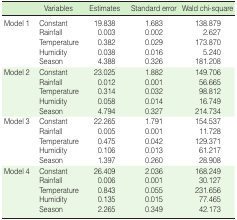
<table><thead><tr><td></td><td><b>Variables</b></td><td><b>Estimates</b></td><td><b>Standard error</b></td><td><b>Wald chi-square</b></td></tr></thead><tbody><tr><td>Model 1</td><td>Constant</td><td>19.838</td><td>1.683</td><td>138.879</td></tr><tr><td></td><td>Rainfall</td><td>0.003</td><td>0.002</td><td>2.627</td></tr><tr><td></td><td>Temperature</td><td>0.382</td><td>0.029</td><td>173.870</td></tr><tr><td></td><td>Humidity</td><td>0.038</td><td>0.016</td><td>5.240</td></tr><tr><td></td><td>Season</td><td>4.388</td><td>0.326</td><td>181.208</td></tr><tr><td>Model 2</td><td>Constant</td><td>23.025</td><td>1.882</td><td>149.706</td></tr><tr><td></td><td>Rainfall</td><td>0.012</td><td>0.001</td><td>56.665</td></tr><tr><td></td><td>Temperature</td><td>0.314</td><td>0.032</td><td>98.812</td></tr><tr><td></td><td>Humidity</td><td>0.058</td><td>0.014</td><td>16.749</td></tr><tr><td></td><td>Season</td><td>4.794</td><td>0.327</td><td>214.734</td></tr><tr><td>Model 3</td><td>Constant</td><td>22.265</td><td>1.791</td><td>154.537</td></tr><tr><td></td><td>Rainfall</td><td>0.005</td><td>0.001</td><td>11.728</td></tr><tr><td></td><td>Temperature</td><td>0.475</td><td>0.042</td><td>129.371</td></tr><tr><td></td><td>Humidity</td><td>0.106</td><td>0.013</td><td>61.217</td></tr><tr><td></td><td>Season</td><td>1.397</td><td>0.260</td><td>28.908</td></tr><tr><td>Model 4</td><td>Constant</td><td>26.409</td><td>2.036</td><td>168.249</td></tr><tr><td></td><td>Rainfall</td><td>0.006</td><td>0.001</td><td>30.127</td></tr><tr><td></td><td>Temperature</td><td>0.843</td><td>0.055</td><td>231.656</td></tr><tr><td></td><td>Humidity</td><td>0.135</td><td>0.015</td><td>77.465</td></tr><tr><td></td><td>Season</td><td>2.265</td><td>0.349</td><td>42.173</td></tr></tbody></table>